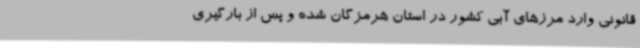
قانونی وارد مرزهای آبی کشور در استان هرمزگان شده و پس از بارگیری